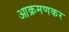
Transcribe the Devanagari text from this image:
आक्रमणकर